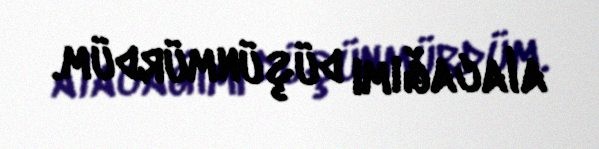
alacağımı düşünmürdüm.